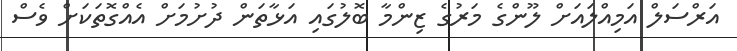
އަރްސަލް އަމިއްލައަށް ލޫންގެ މަރުގެ ޒިންމާ ބޮލުގައި އަޅާތަން ދުށުމަށް އެއްގޮތަކަށް ވެސް